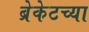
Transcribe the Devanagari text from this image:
ब्रेकेटच्या